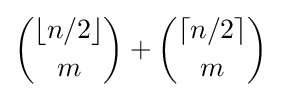
{\lfloor {n/2}\rfloor  \choose {m}}+{\lceil {n/2}\rceil  \choose {m}}